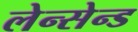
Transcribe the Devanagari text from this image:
लेन्सेन्ड